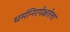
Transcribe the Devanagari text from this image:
धर्मनिरपेक्षतेला